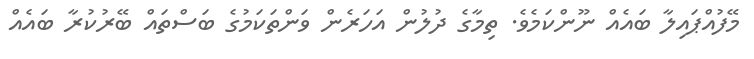
މޭފުއްޕައިލާ ބައެއް ނޫންކަމެވެ. ތިމާގެ ދުލުން އަހަރެން ވަންތަކަމުގެ ބަސްތައް ބޭރުކުރާ ބައެއް